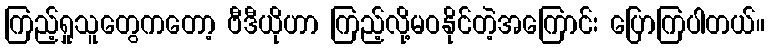
ကြည့်ရှုသူတွေကတော့ ဗီဒီယိုဟာ ကြည့်လို့မဝနိုင်တဲ့အကြောင်း ပြောကြပါတယ်။